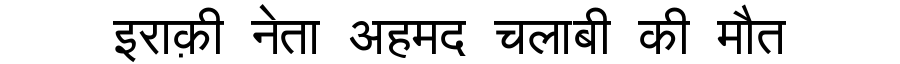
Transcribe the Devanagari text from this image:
इराक़ी नेता अहमद चलाबी की मौत